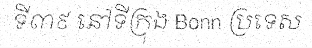
ទី៣៩ នៅទីក្រុង Bonn ប្រទេស